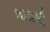
ભાડાથી